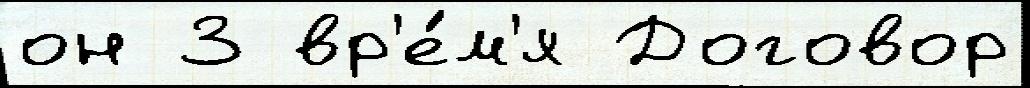
он 3 вр'е́м'я Договор